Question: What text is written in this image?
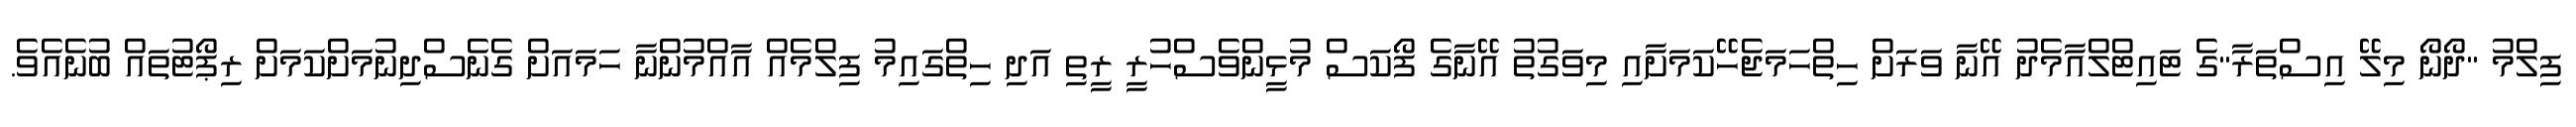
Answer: ފިލްމު "ދޯނޯ މިލޭ އިސްތަރާ"ގެ ޓައިޓްލްއާމެދު އޭނާ ވަރަށް ހިތްހަމަޖެހޭކަމަށާއި މިވަގުތު އޭނާގެ ފޯކަސް މުޅީންވެސްހުރީ ރީތި އަދި ހިތްގައިމު ފިލްމެއް އާއްމުންނާ ހަމައަށް ގެނެސްދިނުމަށްކަމަށް ރިޕޯޓުތައް ބުނެއެވެ.